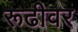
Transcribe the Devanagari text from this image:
रूढीवर